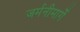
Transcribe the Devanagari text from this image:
जर्मनीमार्गे